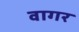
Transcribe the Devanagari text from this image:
वागर